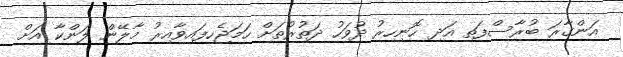
އަންގާރަ ބުރާސްފަތި އަދި ހޮނިހިރު ދުވަހު ދަތުރުތަށް ހަމަޖެހިފައިވާއިރު މާލޭން ލަންކާ އަށް